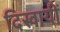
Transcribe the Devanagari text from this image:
दिखायीं